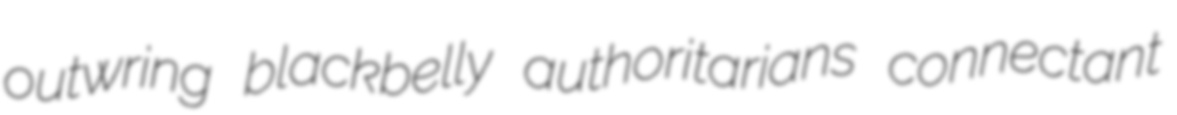
outwring blackbelly authoritarians connectant